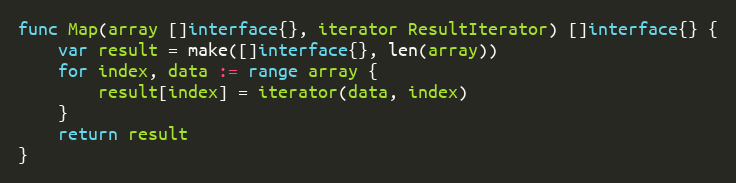
Language: Go
func Map(array []interface{}, iterator ResultIterator) []interface{} {
	var result = make([]interface{}, len(array))
	for index, data := range array {
		result[index] = iterator(data, index)
	}
	return result
}